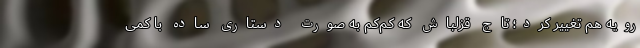
رویه هم تغییر کرد؛ تاج قزلباش که کم‌کم به صورت دستاری ساده با کمی